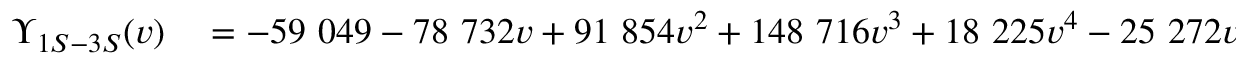
\begin{array} { r l } { \Upsilon _ { 1 S - 3 S } ( v ) } & { { } = - 5 9 ~ 0 4 9 - 7 8 ~ 7 3 2 v + 9 1 ~ 8 5 4 v ^ { 2 } + 1 4 8 ~ 7 1 6 v ^ { 3 } + 1 8 ~ 2 2 5 v ^ { 4 } - 2 5 ~ 2 7 2 v ^ { 5 } + 3 0 3 ~ 5 8 8 v ^ { 6 } } \end{array}